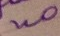
uo